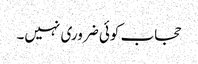
حجاب کوئی ضروری نہیں۔